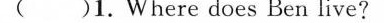
( )1.Where does Ben live?